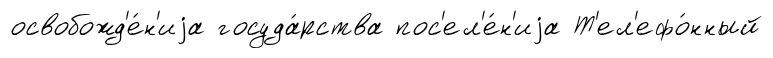
освобожд'е́н'иjа госуда́рства пос'ел'е́н'иjа Т'ел'ефо́нный